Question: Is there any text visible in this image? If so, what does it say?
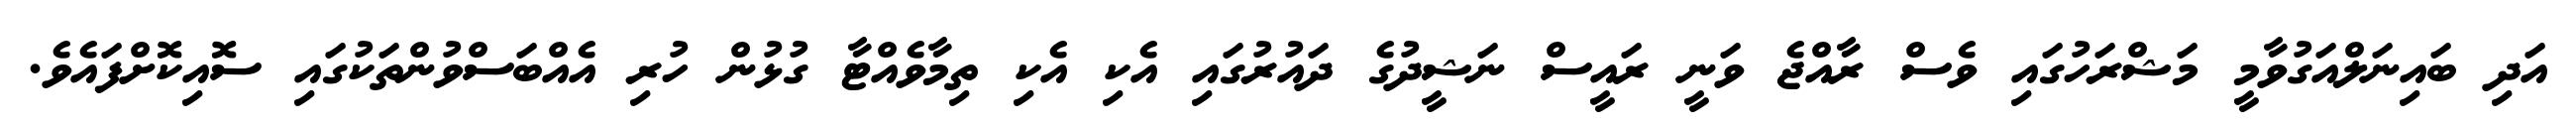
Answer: އަދި ބައިނަލްއަގުވާމީ މަޝްރަހުގައި ވެސް ރާއްޖެ ވަނީ ރައީސް ނަޝީދުގެ ދައުރުގައި އެކި އެކި ތިމާވެއްޓާ ގުޅުން ހުރި އެއްބަސްވުންތަކުގައި ސޮއިކޮށްފައެވެ.